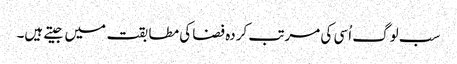
سب لوگ اُسی کی مرتب کردہ فضا کی مطابقت میں جیتے ہیں۔